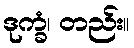
ဒုက္ခံ၊ တည်း။